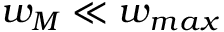
w _ { M } \ll w _ { m a x }